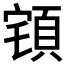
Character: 𲊮